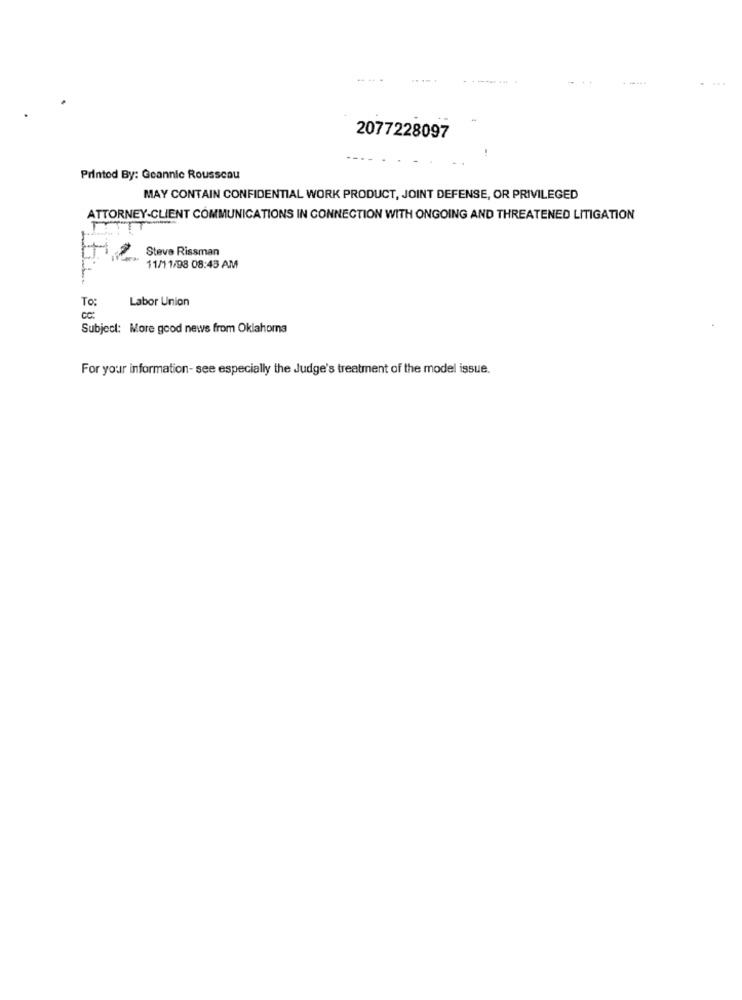
----..
2077228097
Printod By: Geannic Rousseau
MAY CONTAIN CONFIDENTIAL WORK PRODUCT, JOINT DEFENSE, OR PRIVILEGED
ATTORNEY-CLIENT COMMUNICATIONS IN CONNECTION WITH ONGOING AND THREATENED LITIGATION
Steve Rissman
11/11/98 08:43 AM
L.
To:
Labor Union
cc:
Subject: More good news from Oklahoma
For your information- see especially the Judge's treatment of the model issue.